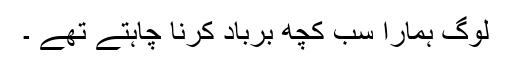
لوگ ہمارا سب کچھ برباد کرنا چاہتے تھے ۔